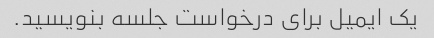
یک ایمیل برای درخواست جلسه بنویسید.